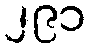
၂၉၁